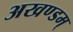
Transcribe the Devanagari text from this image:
अखण्डम्